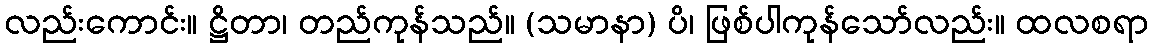
လည်းကောင်း။ ဋ္ဌိတာ၊ တည်ကုန်သည်။ (သမာနာ) ပိ၊ ဖြစ်ပါကုန်သော်လည်း။ ထလစရာ